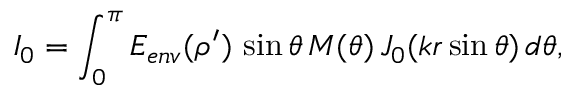
\begin{array} { r l r } { \lefteqn { } } & { { } } & { \displaystyle { I _ { 0 } = \int _ { 0 } ^ { \pi } E _ { e n v } ( \rho ^ { \prime } ) \, \sin { \theta } \, M ( \theta ) \, J _ { 0 } ( k r \sin { \theta } ) \, d \theta } , } \end{array}